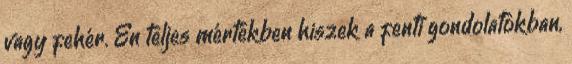
vagy fehér. Én teljes mértékben hiszek a fenti gondolatokban,